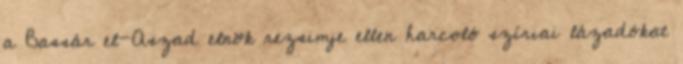
a Bassár el-Aszad elnök rezsimje ellen harcoló szíriai lázadókat